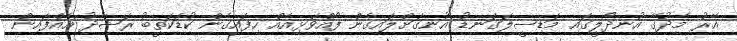
އޭރު މެދުގޭ އުނދޯލީގައި މަޑިސީލަގަނޑު އުނގަށްލައިގެން ފޯއްވަޅިއެއް ހިފައިގެން ކުޑަކަތީބު ރަޝާދު އެއްފައިން